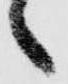
々